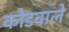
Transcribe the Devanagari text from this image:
कोडवाले